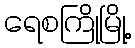
ရေစကြိုမြို့